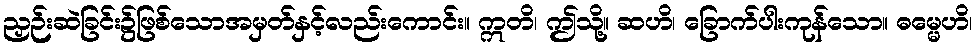
ညှဉ်းဆဲခြင်း၌ဖြစ်သောအမှတ်နှင့်လည်းကောင်း။ ဣတိ၊ ဤသို့။ ဆဟိ၊ ခြောက်ပါးကုန်သော။ ဓမ္မေဟိ၊